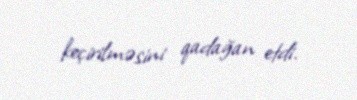
keçirilməsini qadağan etdi.